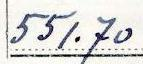
551.70